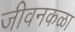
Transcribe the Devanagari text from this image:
जीवनकळा